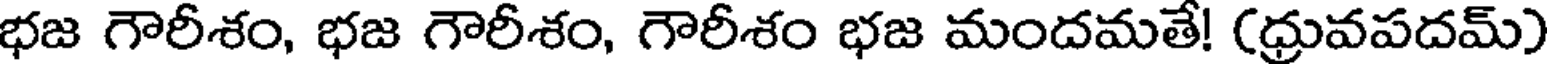
భజ గౌరీశం, భజ గౌరీశం, గౌరీశం భజ మందమతే! (ధ్రువపదమ్)